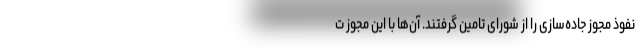
نفوذ مجوز جاده‌سازی را از شورای تامین گرفتند. آن‌ها با این مجوز ت